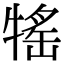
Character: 𤚭